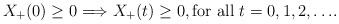
LaTeX: \begin{align*} X_+(0) \geq 0 \Longrightarrow X_+(t) \geq 0, \mbox{for all $t=0,1,2,\ldots$}.\end{align*}